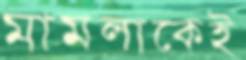
মামলাকেই